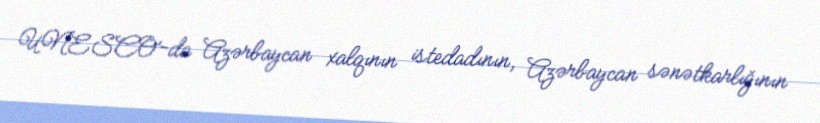
UNESCO-da Azərbaycan xalqının istedadının, Azərbaycan sənətkarlığının